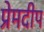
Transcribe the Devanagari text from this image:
प्रेमदीप